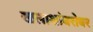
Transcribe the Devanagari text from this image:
खलाशांबरोबर